Scottish Leaving Certificate Examination, 1953
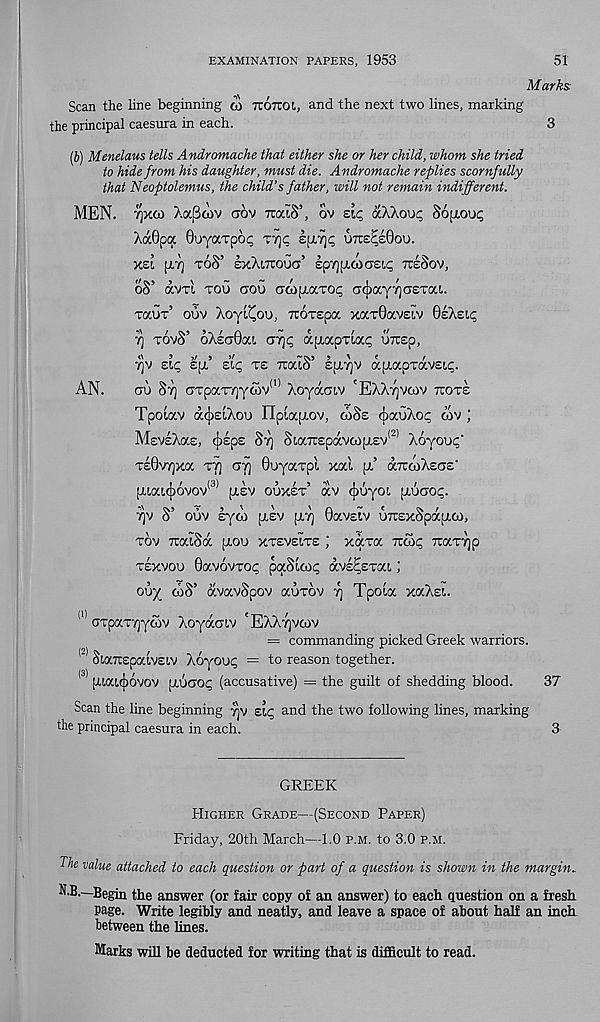
EXAMINATION PAPERS, 1953
51
Marks
Scan the line beginning <y hotzoi, and the next two lines, marking
the principal caesura in each.
3
(i) Menelaus tells Andromache that either she or her child, whom she tried
to hide from his daughter, must die. Andromache replies scornfully
that Neoptolemus, the child's father, will not remain indifferent.
MEN. 7]xo) >.aj3tov aov TcaiS’, ov ziq aXXooc Sopioug
XaOpa Quyaxpoc ttjp
uttsSsQou.
y.zl ptT] toS’ exXotoug’ iprjticoaziq tteSov,
oS’ avrl tou gou GwpiocTOi; GoayrjGETai.
Taux’ oov Xoyi'Cou, iroTspa xccxOavsiv OeXelc
rj tovS’ 6XeG0at, GTjq aptapTiap oirsp,
7]V Etc ’£[i die, te TioctS’ siiz/jv ap.apTavEtc.
AN.
go St] GTpaT7]yoiv (1) Xoyaotv 'EXXtjvcov ttote
Tpotav a(})£tXoo Hpiaptov, toSe oaoXo.^ oov ;
MeveXae, rpsps Sy SiaTTEpavooptEV (2) Xoyouc -
te0v7]xoc TV] Gy ©uyaxpi xal f cxttooXege"
paat(|)6vov (3) ptsv ouxet’ av (Jiuyot ptoGop.
yv S’ oov lyoo ptsv pty 0ocvEtv OTtsxSpaptoo,
tov TraiSa ptoo xtevelte ; xaxa ttoic Traxyp
texvoo 0avovTop paStoop avs^Exat J
ooy toS’ avavSpov ocotov y Tpota xaXst.
111 GTpaxyyoov XoyaGtv 'EXXyvoov
= commanding picked Greek warriors.
StaTiEpatVEtv Xoyoop = to reason together.
(3) |Xtat^)6vov ptOGOp (accusative) = the guilt of shedding blood.
37
Scan the line beginning yv Etg and the two following lines, marking
the principal caesura in each.
3
GREEK
Higher Grade—(Second Paper)
Friday, 20th March—1.0 p.m. to 3.0 p.m.
The value attached to each question or part of a question is shown in the margin.
N.B.—Begin the answer (or fair copy of an answer) to each question on a fresh
page. Write legibly and neatly, and leave a space of about half an inch
between the lines.
Marks will be deducted for writing that is difficult to read.